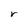
Character: r